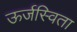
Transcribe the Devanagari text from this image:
ऊर्जस्विता